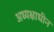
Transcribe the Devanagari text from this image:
अध्यक्षाधीन